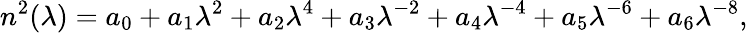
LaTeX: n^{2}(\lambda)=a_{0}+a_{1}\lambda^{2}+a_{2}\lambda^{4}+a_{3}\lambda^{-2}+a_{4}\lambda^{-4}+a_{5}\lambda^{-6}+a_{6}\lambda^{-8},